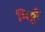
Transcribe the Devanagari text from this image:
मिठ्ठी